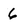
Character: 6